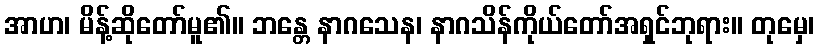
အာဟ၊ မိန့်ဆိုတော်မူ၏။ ဘန္တေ နာဂသေန၊ နာဂသိန်ကိုယ်တော်အရှင်ဘုရား။ တုမှေ၊